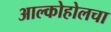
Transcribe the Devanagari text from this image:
आल्कोहोलचा